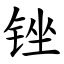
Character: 锉